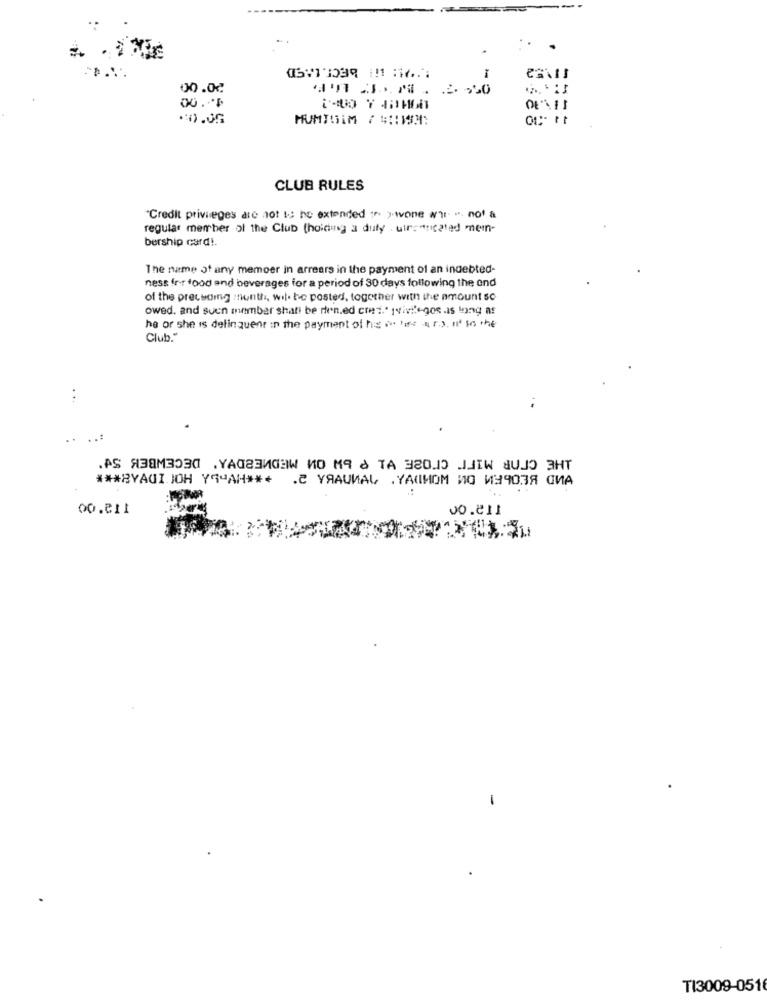
00.0
MUMISIM / # :: 193:
CLUB RULES
"Credit privileges die not : ho extended · · wone wir .. not a
regular member of the Club (holding a duty . uircanicated mein-
bership card !.
The name of any memoer in arrears in the payment of an indebted-
ness for food and beverages for a period of 30 days following the end
of the preceding month, wil. he posted, together with the amount so
owed, and suen member shati be den.ed cont." privile-gos .as long af
he or she is delinquent in the payment of his this aro, it in the
Club."
. ..
.AS ЯЗАМЗОЗа . YAdaЗИdaw Ио Мq d ТА 32010 JITW dUJO 3HT
*** 2YACI.JOH Yq"АН ** + .2 YRAUNAL .YANНОМ ИО ИЗЧОЛЯ СИА
00.811
JO.811
TI3009-0516